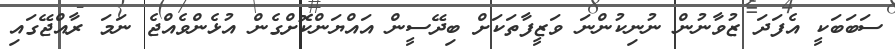
ސަބަބަކީ އެފަދަ ޒުވާނުން ނުނިކުންނަ ވަޒީފާތަކަށް ބިދޭސީން އައްޔަންކޮށްގެން އުޅެންވެއްޖެ ނަމަ ރާއްޖޭގައި